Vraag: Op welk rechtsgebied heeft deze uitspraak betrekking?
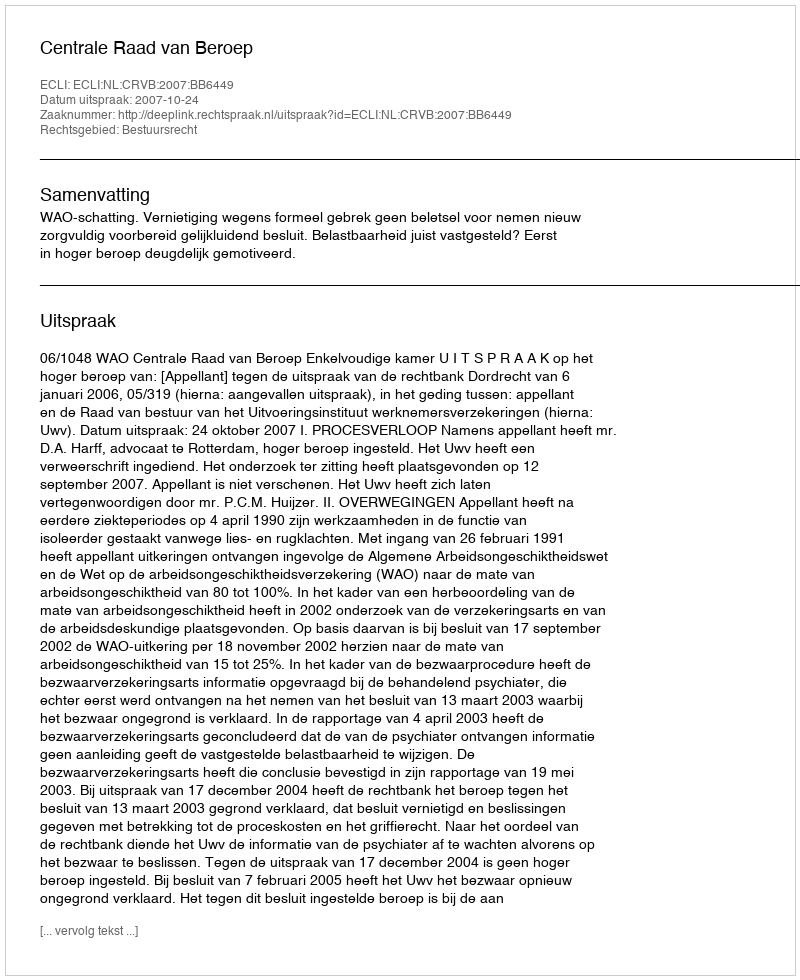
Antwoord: Bestuursrecht